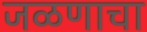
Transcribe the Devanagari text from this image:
जळणाचा